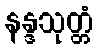
နန္ဒသုတ္တံ